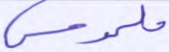
ملموس